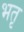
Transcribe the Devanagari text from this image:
भतृ